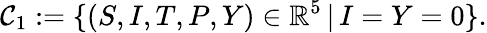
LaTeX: \mathcal{C}_{1}:=\{ (S,I,T,P,Y)\in\mathbb{R}^{5}\, |\, I=Y=0\} .